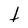
Character: t